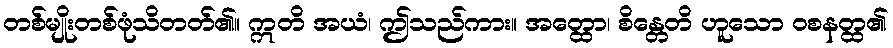
တစ်မျိုးတစ်ဖုံသိတတ်၏။ ဣတိ အယံ၊ ဤသည်ကား။ အတ္ထော၊ စိန္တေတိ ဟူသော ဝစနတ္ထ၏